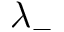
\lambda _ { - }